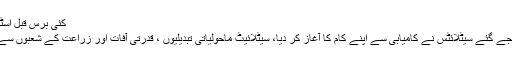
کئی برس قبل اسٹینفرڈ کے ایک انجینئر اینڈریو …
کراچی : پاکستان کے خلا میں بھیجے گئے سیٹلائٹس نے کامیابی سے اپنے کام کا آغاز کر دیا، سیٹلائیٹ ماحولیاتی تبدیلیوں ، قدرتی آفات اور زراعت کے شعبوں سے متعلق معلومات فراہم کریں‌ گے۔